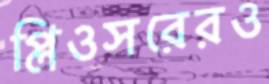
প্লিওসরেরও